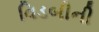
વિડબીની